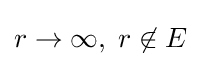
r\to \infty ,\;r\not \in E